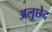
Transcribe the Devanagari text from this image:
अलुछेद